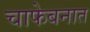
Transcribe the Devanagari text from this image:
चाफेबनात